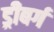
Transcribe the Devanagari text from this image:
ड्रीबर्ग